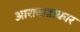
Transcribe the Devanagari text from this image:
आराखडाकार